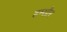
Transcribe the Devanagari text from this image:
हम्सौर